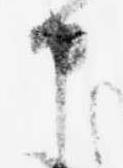
申